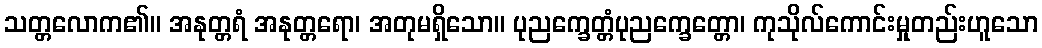
သတ္တလောက၏။ အနုတ္တရံ အနုတ္တရော၊ အတုမရှိသော။ ပုညက္ခေတ္တံပုညက္ခေတ္တော၊ ကုသိုလ်ကောင်းမှုတည်းဟူသော